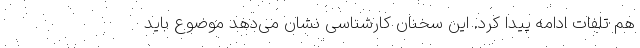
هم تلفات ادامه پیدا کرد. این سخنان کارشناسی نشان می‌دهد موضوع باید